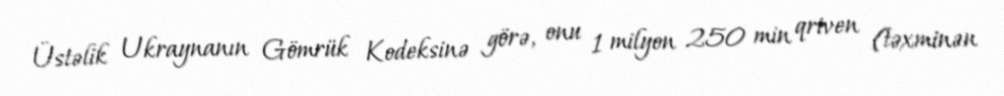
Üstəlik Ukraynanın Gömrük Kodeksinə görə, onu 1 milyon 250 min qriven (təxminən